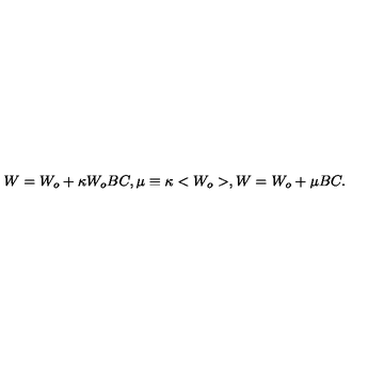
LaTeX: W = W _ { o } + \kappa W _ { o } B C , \mu \equiv \kappa < W _ { o } > , W = W _ { o } + \mu B C .